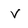
Character: v